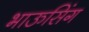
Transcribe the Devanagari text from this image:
भाऊसिंग